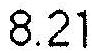
8.21